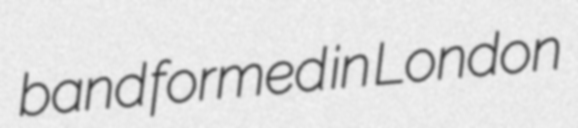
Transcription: band formed in London